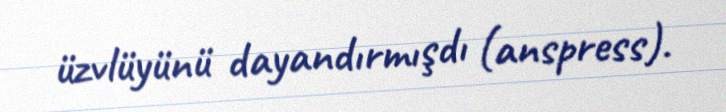
üzvlüyünü dayandırmışdı (anspress).